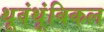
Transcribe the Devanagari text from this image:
थूवंथूंबिकल